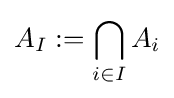
A_{I}:=\bigcap _{i\in I}A_{i}